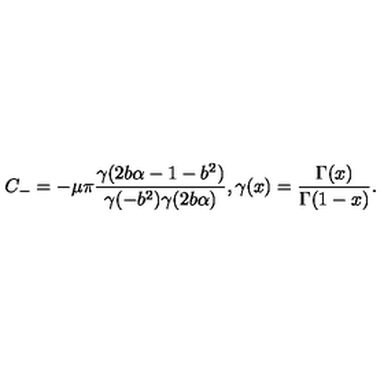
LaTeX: C _ { - } = - \mu \pi \frac { \gamma ( 2 b \alpha - 1 - b ^ { 2 } ) } { \gamma ( - b ^ { 2 } ) \gamma ( 2 b \alpha ) } , \gamma ( x ) = \frac { \Gamma ( x ) } { \Gamma ( 1 - x ) } .